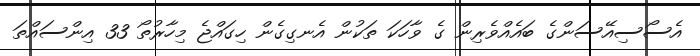
އެސޯސިއޭސަންގެ ބައެއްވެރިން ގެ ވާހަކަ ތަކުން އެނގިގެން ހިގައްޖެ މިހާރުތޯ 33 އިންސައްތަ